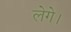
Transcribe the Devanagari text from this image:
लेगे।